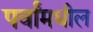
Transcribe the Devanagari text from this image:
पर्वांमधील